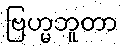
ဗြဟ္မဘူတာ